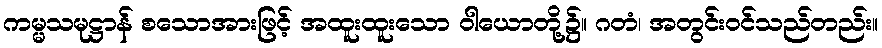
ကမ္မသမုဋ္ဌာန် စသောအားဖြင့် အထူးထူးသော ဝါယောတို့၌။ ဂတံ၊ အတွင်းဝင်သည်တည်း။